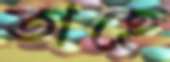
তাহে